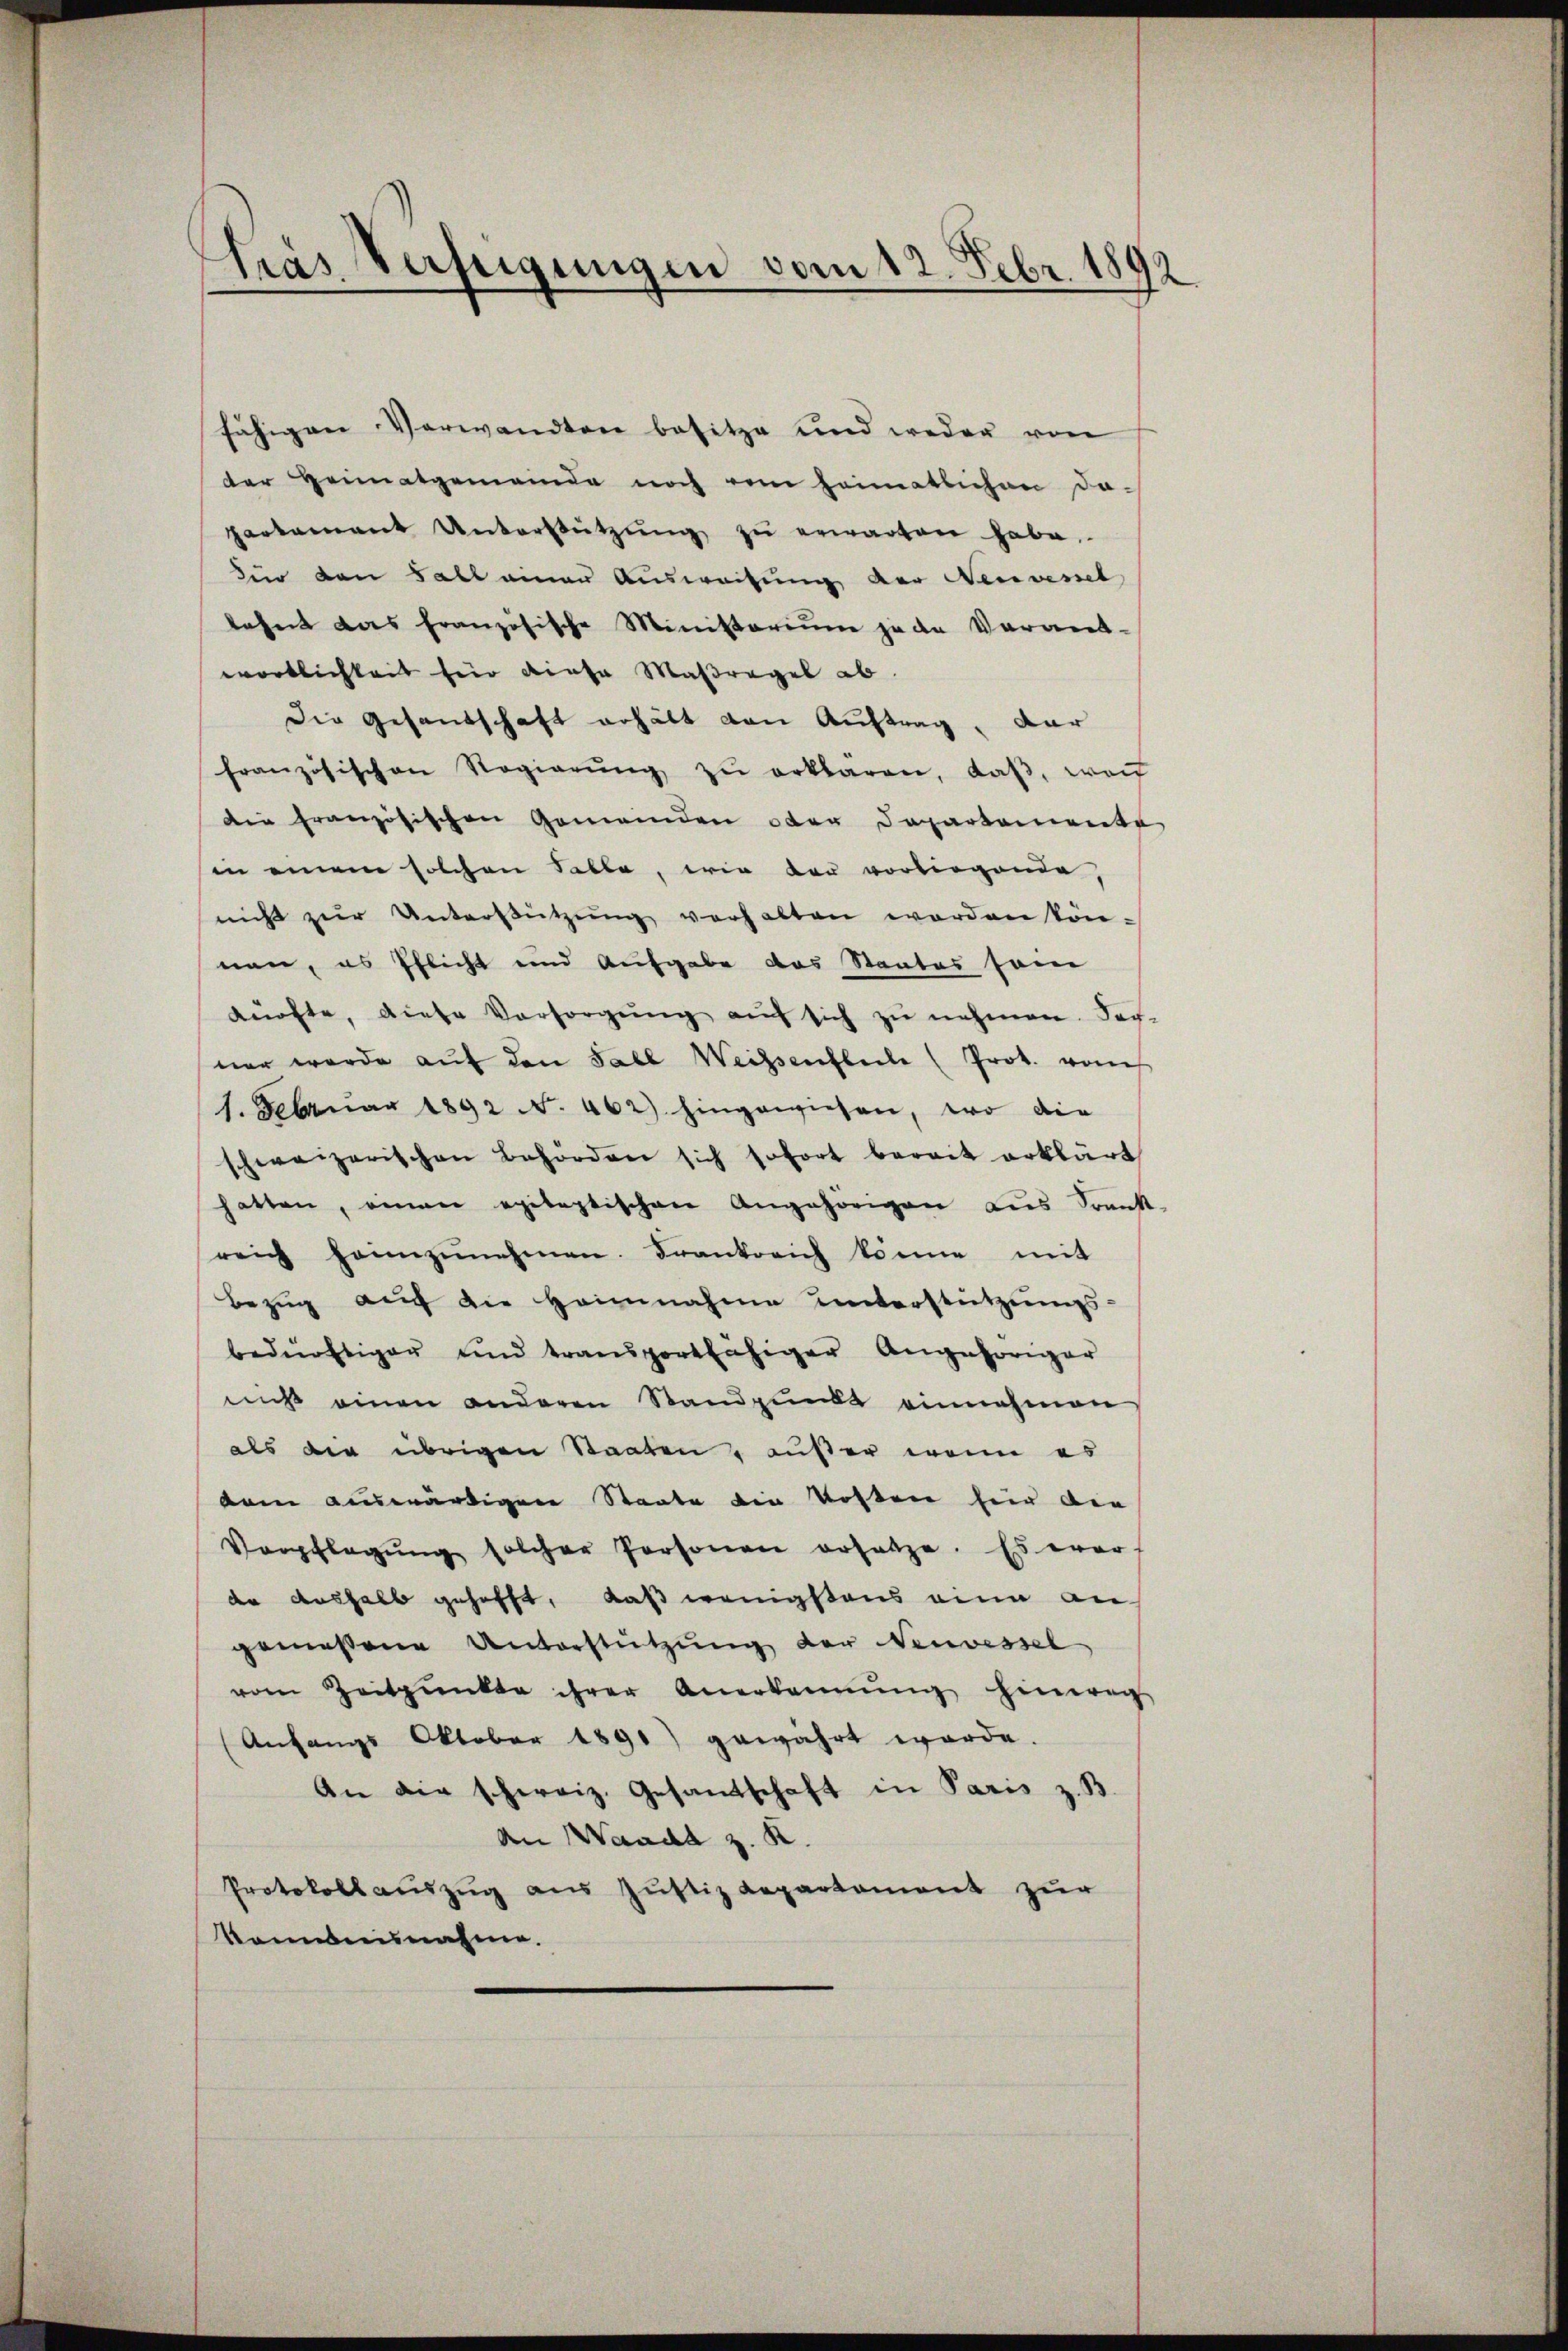
tras Verfügungen vom 12. Febr. 1892

fähigen Verwandten besitze und weder von
der Heimatgemeinde noch vom heimatlichen da-
partamant Unterstützŭng zŭ erwarten habe.
dir den Fall einen Ausweisung der Nervessel
lehnt das französische Ministerium jede Verant-
wortlichkeit für diese Maßregel ab.
Die Gesandschaft erhält von Auftrag. Dar
französischen Regierŭng zŭ erklären, daβ, wei
Die französischen Gemeinden oder Departemente
in einem solchen Falle, wie der vorliegende,
nicht zŭr Unterstützŭng verhalten werden kön-
nen, es Pflicht und Aufgabe das Staates sei
kürfte, diese Versorgŭng aŭf sich zŭ nehmen. Ver-
ner werde aŭf den Sabl Weissentheile (Prot. vom
1. Februar 1892 N. 462) hingewiesen, wo die
schweizerischen Behörden sich sofort bereit erklärt
hatten, einen epileptischen Angehörigen aus Sank-
reich heimzŭnehmen. Frankovich könne mit
Bezug auf die Heinnahme unterstützungs-
bedürftiger und transportfähiger Angehöriger
nicht einen anderen Standpunkt einnahmen
als der übrigen Staaten, außer wenn es
kam auswärtiger Staate die Kosten für die
Verpflegŭng solcher Personen ersatze. Es war
der aushalb gehofft, daß wenigstens eine an
gemessene Unterstützung der Neuvessel
vom Zeitpunkte ihrer Anerkennung hinweg
(Anfangs Oktober 1891) gewahrt werde.
An die schweiz. Gesamtschaft in Paris z. B.
An Waada z. K.
Protokollauszug aus Justiz Repartement zur
konbeisnahme.